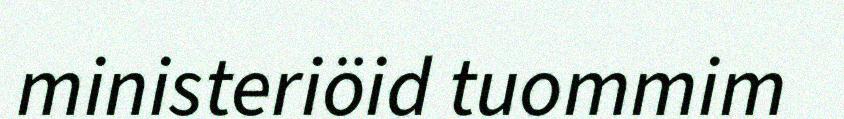
ministeriöid tuommim